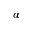
\alpha